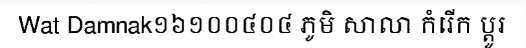
Wat Damnak១៦១០០៤០៤ ភូមិ សាលា កំរើក ប្តូរ